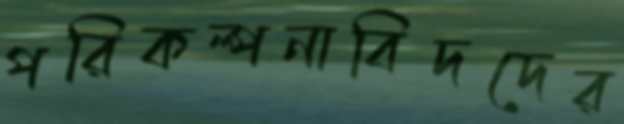
পরিকল্পনাবিদদের